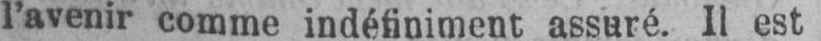
l’avenir comme indéfiniment assuré. Il est